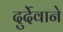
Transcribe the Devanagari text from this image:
दुर्देवाने